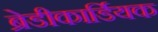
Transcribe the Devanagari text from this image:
ब्रेडीकार्डियक